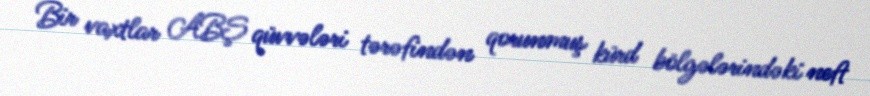
Bir vaxtlar ABŞ qüvvələri tərəfindən qorunmuş kürd bölgələrindəki neft